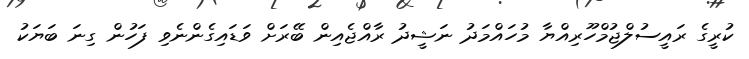
ކުރީގެ ރައީސުލްޖުމްހޫރިއްޔާ މުހައްމަދު ނަޝީދު ރާއްޖެއިން ބޭރަށް ވަޑައިގެންނެވި ފަހުން ގިނަ ބަޔަކު